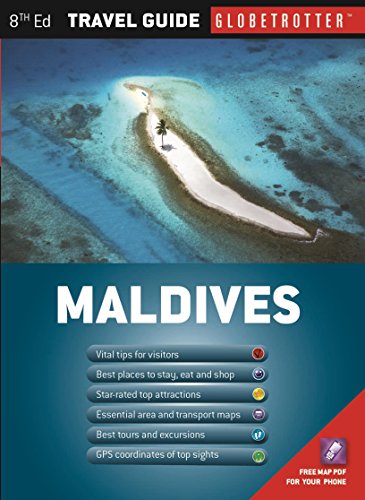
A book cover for Maldives Travel Pack (Globetrotter Travel Packs); Stefania Lamberti; Travel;